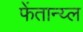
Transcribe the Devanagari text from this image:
फेंतान्य्ल